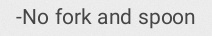
No fork and spoon-